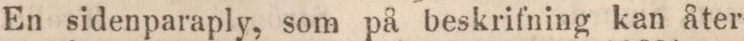
En sidenparaply, som på beskrifning kan åter-